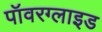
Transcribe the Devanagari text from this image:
पॉवरग्लाइड